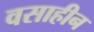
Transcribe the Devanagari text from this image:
वसाहीन